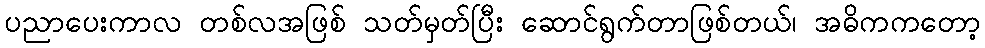
ပညာပေးကာလ တစ်လအဖြစ် သတ်မှတ်ပြီး ဆောင်ရွက်တာဖြစ်တယ်၊ အဓိကကတော့